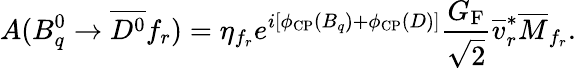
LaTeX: A(B_{q}^{0}\to\overline{{{D^{0}}}}f_{r})=\eta_{f_{r}}e^{i[\phi_{\mathrm{CP}}(B_{q})+\phi_{\mathrm{CP}}(D)]}\frac{G_{\mathrm{F}}}{\sqrt{2}}\overline{{{v}}}_{r}^{\ast}\overline{{{M}}}_{f_{r}}.